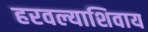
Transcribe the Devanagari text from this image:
हरवल्याशिवाय